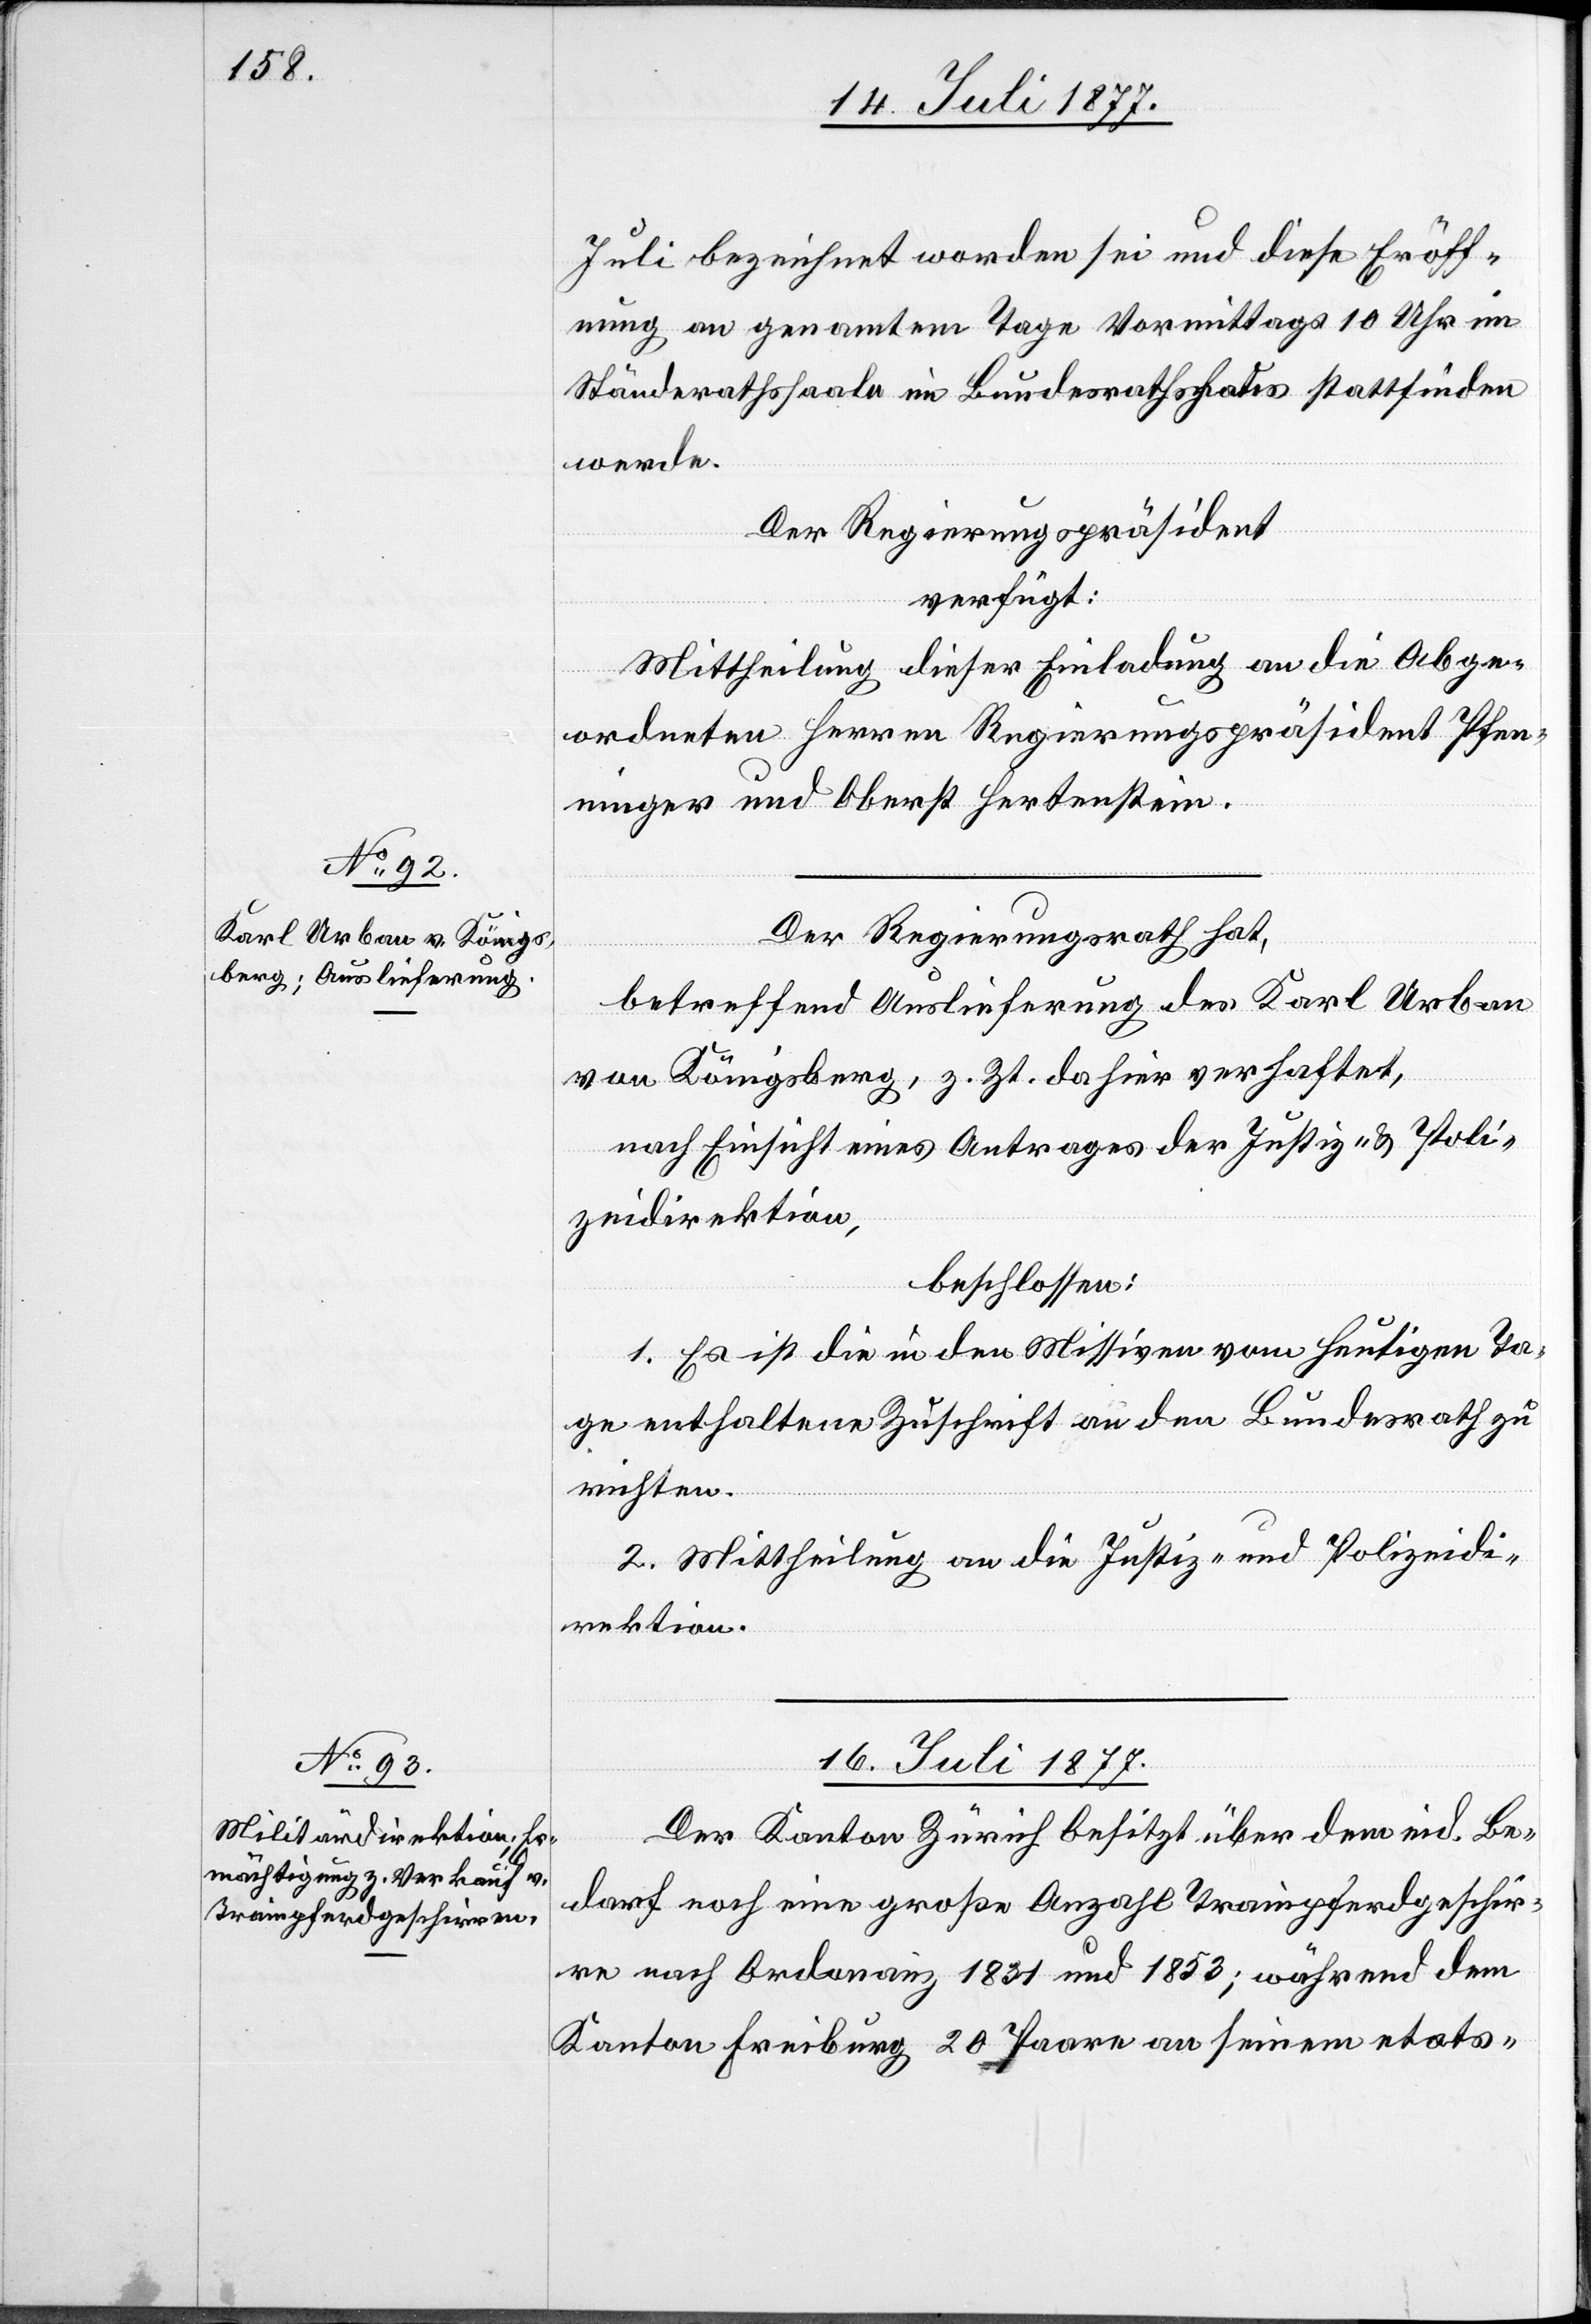
15. Juli 1877.]
Juli bezeichnet worden sei und diese Eröff¬
nung an genanntem Tage Vormittags 10 Uhr im
Ständerathssaale im Bundesrathshaus stattfinden
werde.
Der Regierungspräsident
verfügt:
Mittheilung dieser Einladung an die Abge¬
ordneten Herren Regierungspräsident Pfen¬
ninger und Oberst Hertenstein.
Der Regierungsrath hat,
betreffend Auslieferung des Karl Urban
von Königsberg, z. Zt. dahier verhaftet,
nach Einsicht eines Antrages der Justiz- & Poli¬
zeidirektion,
beschlossen:
1. Es ist die in den Missiven vom heutigen Ta¬
ge enthaltene Zuschrift an den Bundesrath zu
richten.
2. Mittheilung an die Justiz- und Polizeidi¬
rektion.
16. Juli 1877.
Der Kanton Zürich besitzt über dem eid. Be¬
darf noch eine große Anzahl Trainpferdgeschir¬
re nach Ordonanz 1831 und 1853; während dem
Kanton Freiburg 20 Paare an seinem etats-